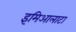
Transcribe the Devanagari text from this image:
इमिआलाटा